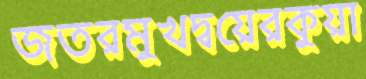
জতরমুখদ্বয়েরকুয়া